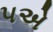
૫એ